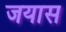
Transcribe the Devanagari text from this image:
जयास